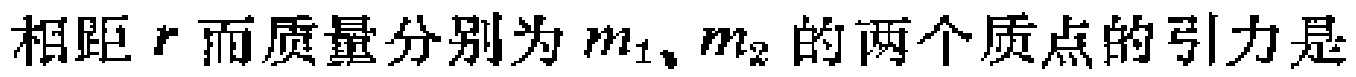
相距\(r\)而质量分别为\(m_1、m_2\)的两个质点的引力是